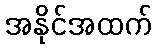
အနိုင်အထက်